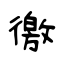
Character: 徼